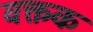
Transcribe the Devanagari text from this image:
वक्तक